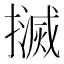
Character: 𢷄